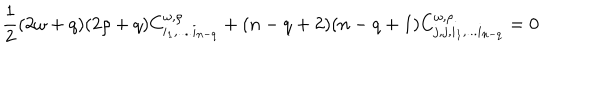
LaTeX: \frac 1 2 ( 2 \omega + q ) ( 2 \rho + q ) C _ { i _ { 1 } , . . . . i _ { n - q } } ^ { \omega , \rho } + ( n - q + 2 ) ( n - q + 1 ) C _ { j , j , i _ { 1 } , . . . i _ { n - q } } ^ { \omega , \rho } = 0 ~ ~ ~